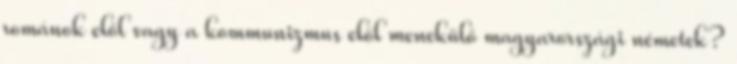
románok elől vagy a kommunizmus elől menekülő magyarországi németek?